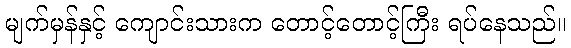
မျက်မှန်နှင့် ကျောင်းသားက တောင့်တောင့်ကြီး ရပ်နေသည်။